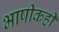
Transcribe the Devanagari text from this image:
भाषीकही